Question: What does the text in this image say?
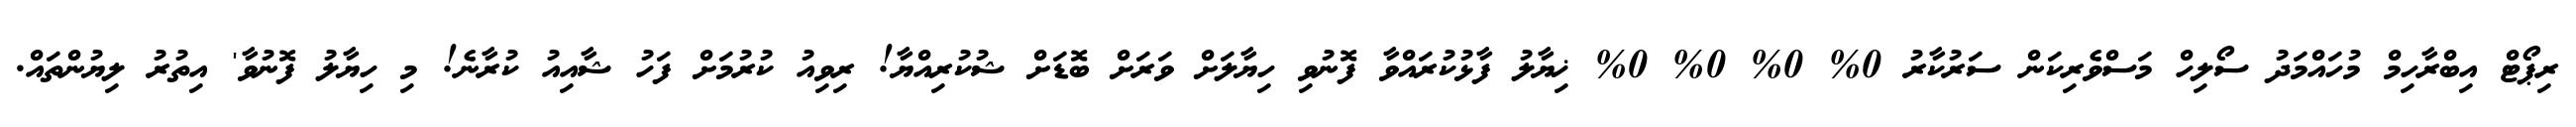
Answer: ރިޕޯޓް އިބްރާހިމް މުހައްމަދު ސޯލިހް މަސްވެރިކަން ސަރުކާރު 0% 0% 0% 0% ޚިޔާލު ފާޅުކުރައްވާ ފޮނުވި ހިޔާލަށް ވަރަށް ބޮޑަށް ޝުކުރިއްޔާ! ރިވިއު ކުރުމަށް ފަހު ޝާއިއު ކުރާނެ! މި ހިޔާލު ފޮނުވާ' އިތުރު ލިޔުންތައް.